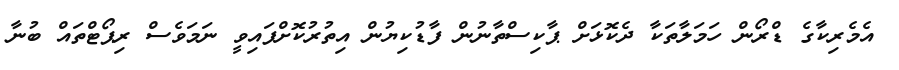
އެމެރިކާގެ ޑްރޯން ހަމަލާތަކާ ދެކޮޅަށް ޕާކިސްތާނުން ފާޑުކިޔުން އިތުރުކޮށްފައިވީ ނަމަވެސް ރިޕޯޓްތައް ބުނާ